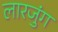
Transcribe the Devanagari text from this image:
लारजुंग